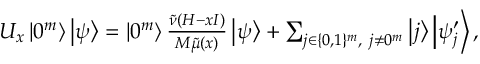
\begin{array} { r } { U _ { x } \left| 0 ^ { m } \right\rangle \left| \psi \right\rangle = \left| 0 ^ { m } \right\rangle \frac { \tilde { \nu } ( H - x I ) } { M \tilde { \mu } ( x ) } \left| \psi \right\rangle + \sum _ { j \in \{ 0 , 1 \} ^ { m } , ~ j \neq 0 ^ { m } } \left| j \right\rangle \left| \psi _ { j } ^ { \prime } \right\rangle , } \end{array}